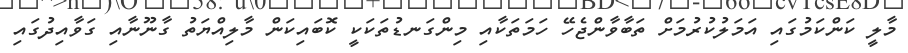
މާލީ ކަންކަމުގައި އަމަލުކުރުމަށް ތަބާވާންޖެހޭ ހަމަތަކާއި މިންގަނޑުތަކަކީ ކޮބައިކަން މާލިއްޔަތު ގާނޫނާއި ގަވާއިދުގައި